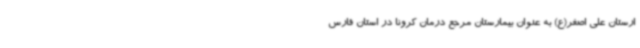
ارستان علی اصغر(ع) به عنوان بیمارستان مرجع درمان کرونا در استان فارس